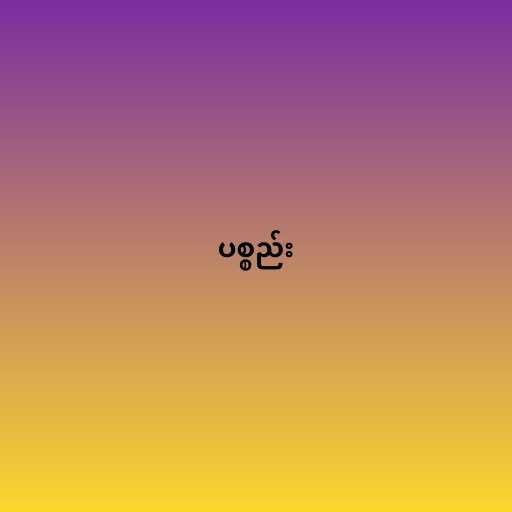
ပစ္စည်း